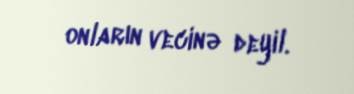
onların vecinə deyil.